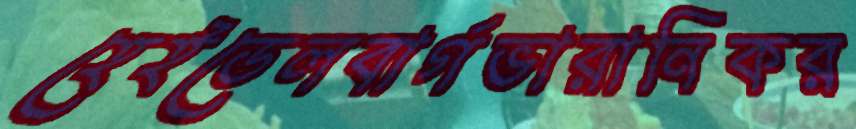
হেইডেলবার্গভারানিকর